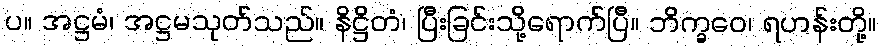
ပ။ အဋ္ဌမံ၊ အဋ္ဌမသုတ်သည်။ နိဋ္ဌိတံ၊ ပြီးခြင်းသို့ရောက်ပြီ။ ဘိက္ခဝေ၊ ရဟန်းတို့။